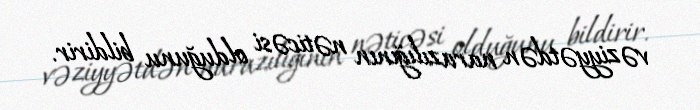
vəziyyətdən narazılığının nəticəsi olduğunu bildirir.